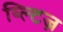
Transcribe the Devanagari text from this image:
ब्ल्टिज़